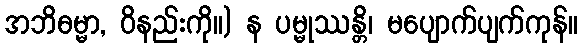
အဘိဓမ္မာ, ဝိနည်းကို။) န ပမ္မုဿန္တိ၊ မပျောက်ပျက်ကုန်။